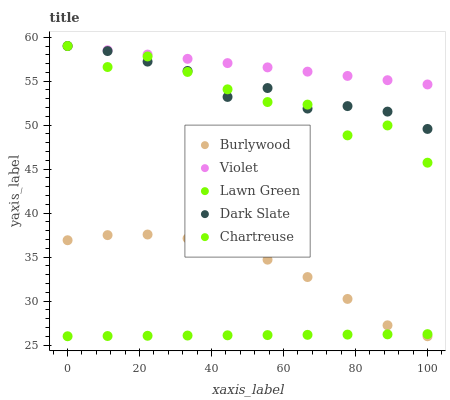
| xaxis_label | Burlywood | Violet | Lawn Green | Dark Slate | Chartreuse |
 | --- | --- | --- | --- | --- | --- |
 | 0 | 36.9 | 59 | 26 | 59 | 59 |
 | 11.1 | 37.5 | 58.5 | 26 | 58.4 | 56.6 |
 | 22.2 | 37.6 | 58 | 26.1 | 57.2 | 57.8 |
 | 33.3 | 37.1 | 57.5 | 26.1 | 56.2 | 56.1 |
 | 44.4 | 36.2 | 57.1 | 26.1 | 53.2 | 54.1 |
 | 55.6 | 34.7 | 56.6 | 26.1 | 54.2 | 52.6 |
 | 66.7 | 32.7 | 56.1 | 26.2 | 51.9 | 52.3 |
 | 77.8 | 30.2 | 55.6 | 26.2 | 52.2 | 48.8 |
 | 88.9 | 27.2 | 55.1 | 26.2 | 51.5 | 50 |
 | 100 | 26 | 54.6 | 26.2 | 49.6 | 45.7 |